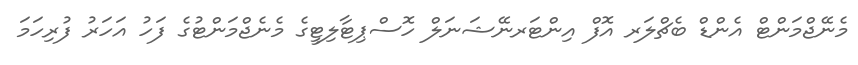
މެނޭޖްމަންޓް އެންޑް ބެޗްލަރ އޮފް އިންޓަރނޭޝަނަލް ހޮސްޕިޓާލިޓީގެ މެނެޖްމަންޓުގެ ފަހު އަހަރު ފުރިހަމަ